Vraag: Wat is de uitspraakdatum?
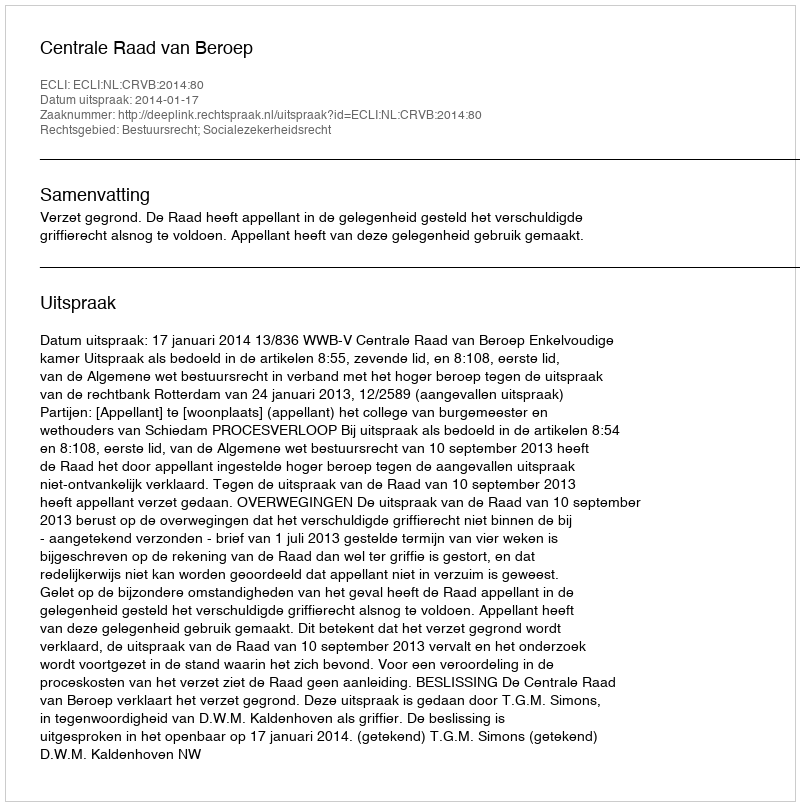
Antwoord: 2014-01-17